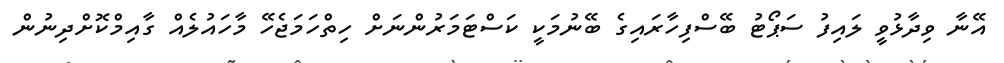
އޭނާ ވިދާޅުވީ ލައިފު ސަޕޯޓު ބޭސްފިހާރައިގެ ބޭނުމަކީ ކަސްޓަމަރުންނަށް ހިތްހަމަޖެހޭ މާހައުލެއް ގާއިމްކޮށްދިނުން